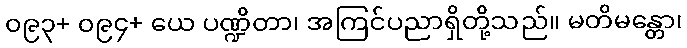
၀၉၃+ ၀၉၄+ ယေ ပဏ္ဍိတာ၊ အကြင်ပညာရှိတို့သည်။ မတိမန္တော၊